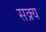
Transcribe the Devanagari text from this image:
सक्र्य